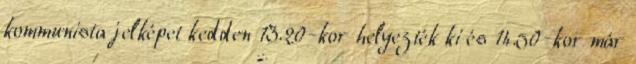
kommunista jelképet kedden 13.20-kor helyezték ki és 14.50-kor már